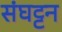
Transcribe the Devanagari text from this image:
संघट्टन